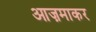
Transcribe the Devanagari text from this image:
आज़माकर